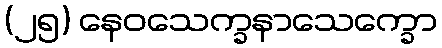
(၂၅) နေဝသေက္ခနာသေက္ခော